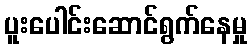
ပူးပေါင်းဆောင်ရွက်နေမှု